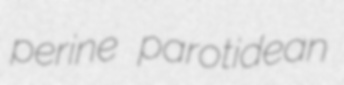
perine parotidean